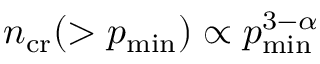
n _ { \mathrm { c r } } ( > p _ { \mathrm { m i n } } ) \propto p _ { \mathrm { m i n } } ^ { 3 - \alpha }